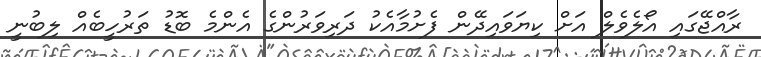
ރާއްޖޭގައި އޯލެވެލް އަށް ކިޔަވައިދޭން ފެށުމާއެކު ދަރިވަރުންގެ އެންމެ ބޮޑު ތަރުހީބެއް ލިބުނީ